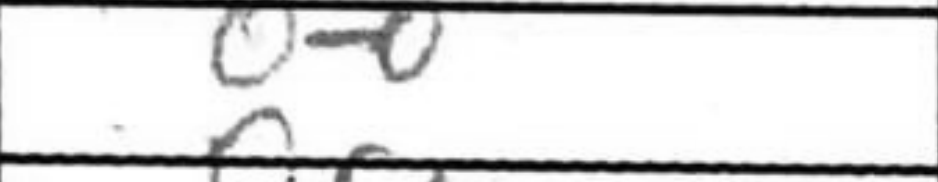
Transcription: O-O